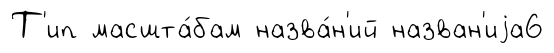
Т'ип масшта́бам назва́н'ий назван'иjа6